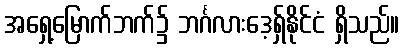
အရှေ့မြောက်ဘက်၌ ဘင်္ဂလားဒေ့ရှ်နိုင်ငံ ရှိသည်။